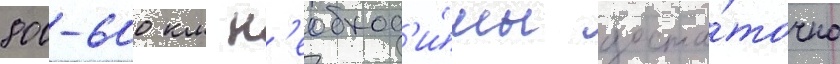
800-600 км н'еобход'и́мы доста́точно